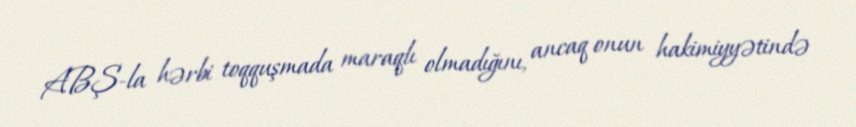
ABŞ-la hərbi toqquşmada maraqlı olmadığını, ancaq onun hakimiyyətində